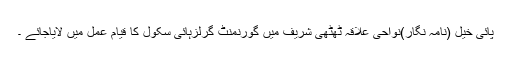
پائی خیل (نامہ نگار)نواحی علاقہ ٹھٹھی شریف میں گورنمنٹ گرلزہائی سکول کا قیام عمل میں لایاجائے ۔